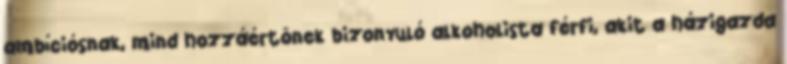
ambíciósnak, mind hozzáértõnek bizonyuló alkoholista férfi, akit a házigazda